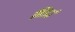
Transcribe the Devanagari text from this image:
भिडतं